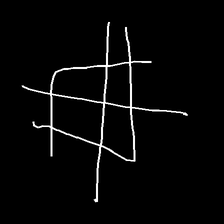
Glyph: crystal